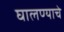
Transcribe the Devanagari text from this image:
घालण्‍याचे